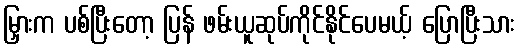
မြှားက ပစ်ပြီးတော့ ပြန် ဖမ်းယူဆုပ်ကိုင်နိုင်ပေမယ့် ပြောပြီးသား